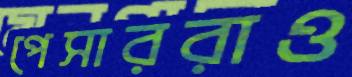
পেসাররাও